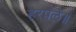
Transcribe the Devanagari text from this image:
हरपले॥